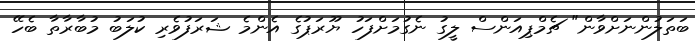
ބަތަލުންނަށްވާން" ޗެމްޕިއަންސް ލީގު ނެގުމަށްފަހު ޔޫރަޕުގެ އެންމެ ޝަރަފުވެރި ކުލަބު މުބާރާތާ ބެހޭ